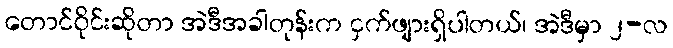
တောင်ဝိုင်းဆိုတာ အဲဒီအခါတုန်းက ငှက်ဖျားရှိပါတယ်၊ အဲဒီမှာ ၂-လ